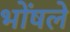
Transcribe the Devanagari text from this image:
भोंषले